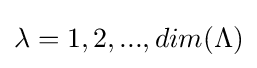
\lambda =1,2,...,dim(\Lambda )